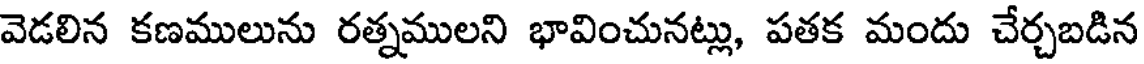
వెడలిన కణములును రత్నములని భావించునట్లు, పతక మందు చేర్చబడిన